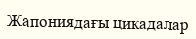
Жапониядағы цикадалар